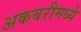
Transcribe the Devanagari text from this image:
अकबरीमध्ये